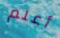
أعلم